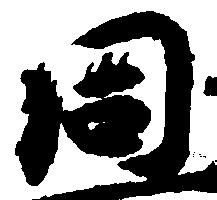
同